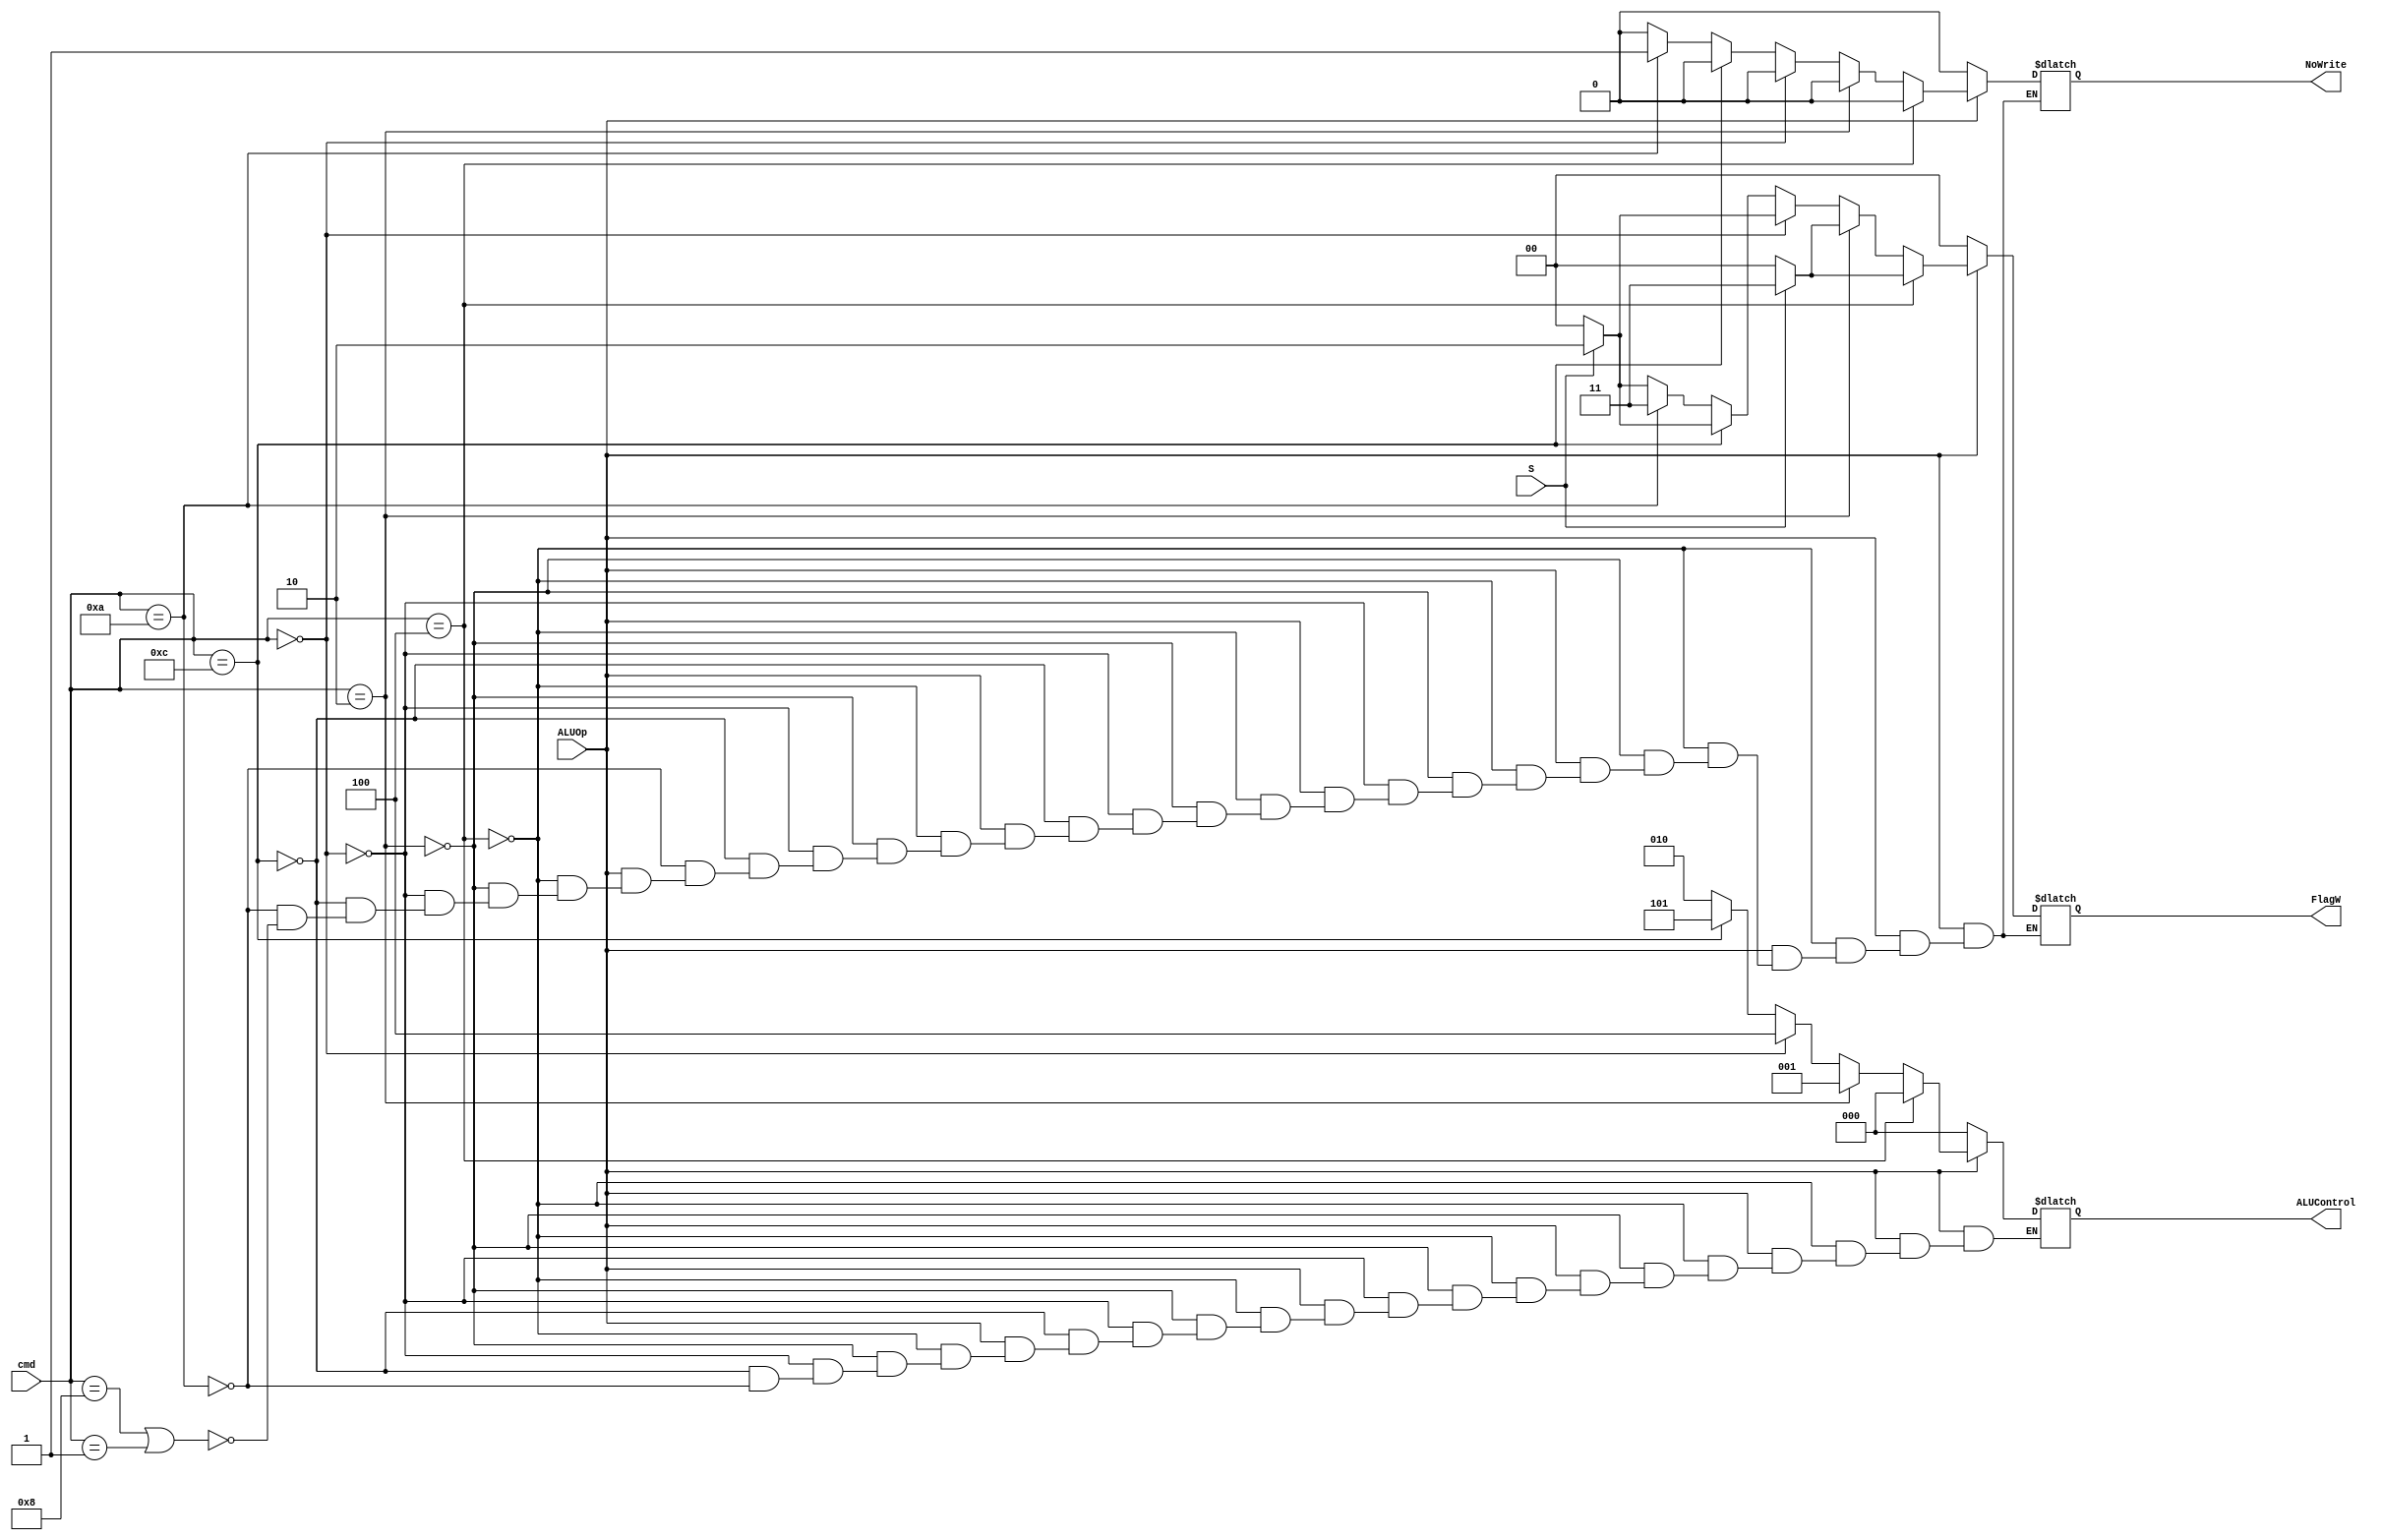
module ALU_Decoder(cmd,S,ALUOp,ALUControl,FlagW,NoWrite);
input [3:0] cmd; 	
input S, ALUOp; 
output reg [2:0] ALUControl; 
output reg [1:0] FlagW; 		
output reg NoWrite; 

always @(cmd,S,ALUOp)
begin
	if (ALUOp == 0) //if instruction is not a data-processing instruction
		begin 
		ALUControl = 3'b000; 
		FlagW = 2'b00; 
		NoWrite = 0; 
		end 
	else if (cmd == 4'b0100) // if it's ADD instruction 
		begin 
		ALUControl = 3'b000;
		NoWrite = 0; 
			if (S == 0)
				FlagW = 2'b00; // don't update flags 
			else 
				FlagW = 2'b11; // update N,Z,C,V flags 
		end 
	else if (cmd == 4'b0010) // if it's SUB instruction 
		begin 
		ALUControl = 3'b001;
		NoWrite = 0; 
			if (S == 0)
				FlagW = 2'b00; 
			else 
				FlagW = 2'b11; 
		end 
	else if (cmd == 4'b0000) // if it's AND instruction 
		begin 
		ALUControl = 3'b100;
		NoWrite = 0; 
			if (S == 0)
				FlagW = 2'b00; 
			else 
				FlagW = 2'b10; // update N,Z flags 
		end 
	else if (cmd == 4'b1100) // if it's ORR instruction 
		begin 
		ALUControl = 3'b101; 
		NoWrite = 0; 
			if (S == 0)
				FlagW = 2'b00; 
			else 								
				FlagW = 2'b10; 
		end 
	else if (cmd == 4'b1010) // if it's CMP instruction 
		begin 
		ALUControl = 3'b010; // to perform Rd-Rn for CMP Rd,Rn instruction 
		NoWrite = 1; 
		FlagW = 2'b11; 
		end 	
	else if (cmd == 4'b1000 || cmd == 4'b0001) // if it's LSL or LSR instruction 
		begin 
		NoWrite = 0; 
			if (S == 0)
				FlagW = 2'b00; 
			else 								
				FlagW = 2'b10; 
		end 
end 
endmodule